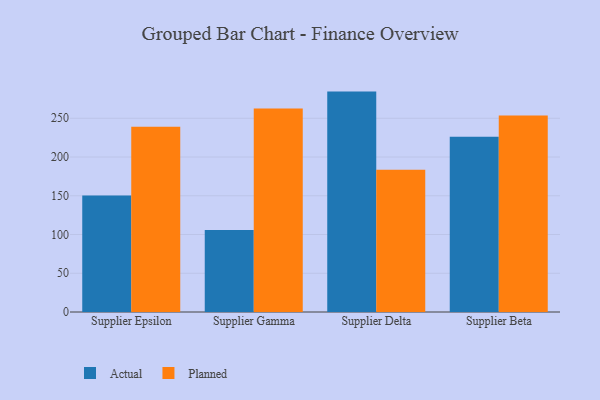
{"axis": {"x": "Supplier", "y": "Budget (USD K)"}, "legend": ["Actual", "Planned"], "data": [{"x": "Supplier Epsilon", "y": 150.4, "type": "Actual"}, {"x": "Supplier Epsilon", "y": 238.9, "type": "Planned"}, {"x": "Supplier Gamma", "y": 105.9, "type": "Actual"}, {"x": "Supplier Gamma", "y": 262.7, "type": "Planned"}, {"x": "Supplier Delta", "y": 284.4, "type": "Actual"}, {"x": "Supplier Delta", "y": 183.7, "type": "Planned"}, {"x": "Supplier Beta", "y": 226.3, "type": "Actual"}, {"x": "Supplier Beta", "y": 253.5, "type": "Planned"}]}